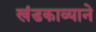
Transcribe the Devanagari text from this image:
खंडकाव्याने